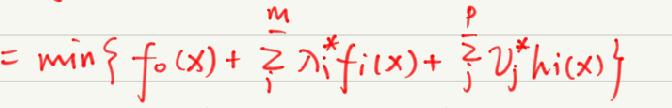
\( = \min \{ f_0(x) + \sum_{i}^m \lambda_i^* f_i(x) + \sum_{j}^p \mu_j^* h_j(x) \}\)